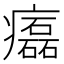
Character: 𤻳